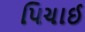
પિચાઈ